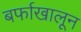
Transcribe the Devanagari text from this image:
बर्फाखालून